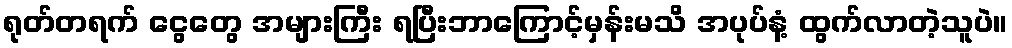
ရုတ်တရက် ငွေတွေ အများကြီး ရပြီးဘာကြောင့်မှန်းမသိ အပုပ်နံ့ ထွက်လာတဲ့သူပဲ။